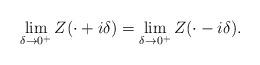
LaTeX: \begin{align*}\lim_{\delta\rightarrow 0^+} Z(\cdot+i\delta) = \lim_{\delta \rightarrow 0^+}Z(\cdot-i\delta).\end{align*}